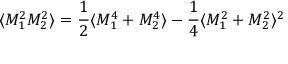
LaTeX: \langle M _ { 1 } ^ { 2 } M _ { 2 } ^ { 2 } \rangle = \frac { 1 } { 2 } \langle M _ { 1 } ^ { 4 } + M _ { 2 } ^ { 4 } \rangle - \frac { 1 } { 4 } \langle M _ { 1 } ^ { 2 } + M _ { 2 } ^ { 2 } \rangle ^ { 2 }